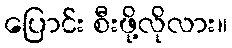
ပြောင်း စီးဖို့လိုလား။